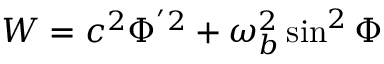
W = c ^ { 2 } \Phi ^ { ' 2 } + \omega _ { b } ^ { 2 } \sin ^ { 2 } \Phi